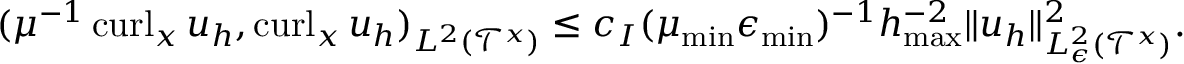
\begin{array} { r } { ( \mu ^ { - 1 } \operatorname { c u r l } _ { x } u _ { h } , \operatorname { c u r l } _ { x } u _ { h } ) _ { L ^ { 2 } ( \mathcal { T } ^ { x } ) } \leq c _ { I } ( \mu _ { \operatorname* { m i n } } \epsilon _ { \operatorname* { m i n } } ) ^ { - 1 } h _ { \operatorname* { m a x } } ^ { - 2 } \| u _ { h } \| _ { L _ { \epsilon } ^ { 2 } ( \mathcal { T } ^ { x } ) } ^ { 2 } . } \end{array}